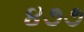
૪૭૭